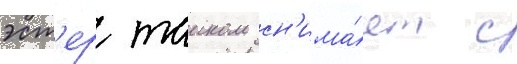
эст'ер таиком сн'има́ет с